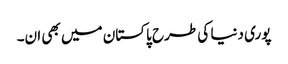
پوری دنیا کی طرح پاکستان میں بھی ان۔